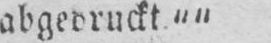
abgedruckt““